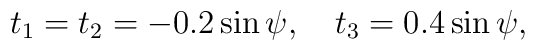
t_1=t_2=-0.2\sin\psi, \quad t_3=0.4\sin\psi,